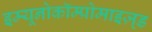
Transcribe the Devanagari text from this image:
इम्यूनोकॉम्प्रोमाइज़्ड